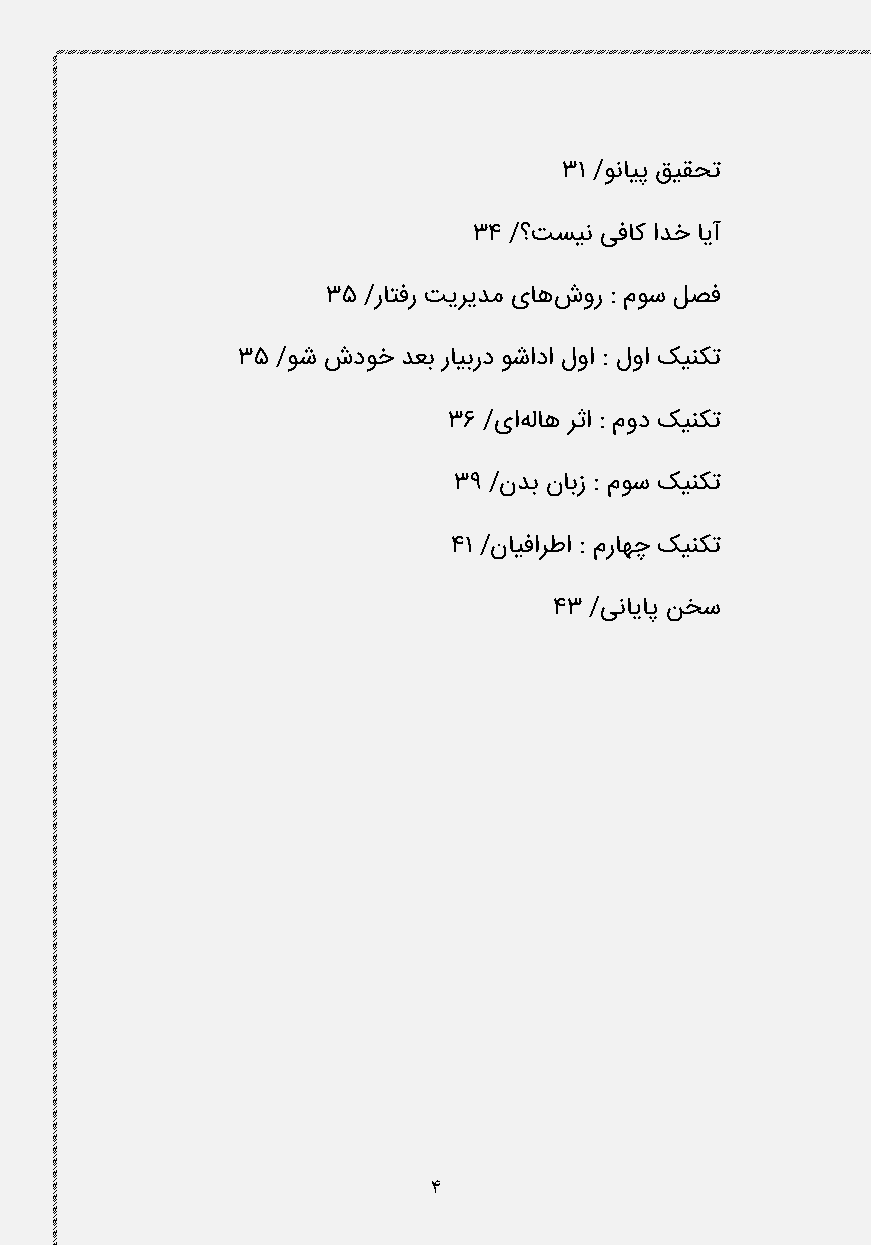
31 /ونایپ قیقحت
 34 /؟تسین یفاک ادخ ایآ
 35 /راتفر تیریدم یاهشور : موس لصف
 35 /وش شدوخ دعب رایبرد وشادا لوا : لوا کینکت
 36 /یاهلاه رثا : مود کینکت
 39 /ندب نابز : موس کینکت
 41 /نایفارطا : مراهچ کینکت
 43 /ینایاپ نخس
 4